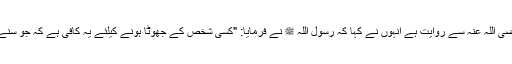
حضرت حفص بن عاصم رضی اللہ عنہ سے روایت ہے انہوں نے کہا کہ رسول اللہ ﷺ نے فرمایا: "کسی شخص کے جھوٹا ہونے کیلئے یہ کافی ہے کہ جو سنے اس کو(آگے) بیان کردے”۔